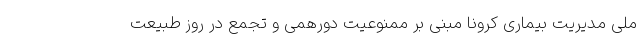
ملی مدیریت بیماری کرونا مبنی بر ممنوعیت دورهمی و تجمع در روز طبیعت